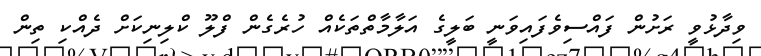
ވިދާޅުވީ ރަށުން ފައްސިވެފައިވަނީ ބަލީގެ އަލާމާތްތަކެއް ހުރެގެން ފްލޫ ކްލިނިކަށް ދެއްކި ތިން